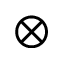
\otimes